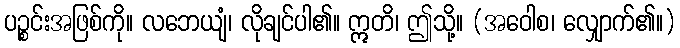
ပဉ္စင်းအဖြစ်ကို။ လဘေယျံ၊ လိုချင်ပါ၏။ ဣတိ၊ ဤသို့။ (အဝေါစ၊ လျှောက်၏။)